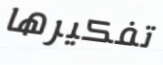
تفكيرها